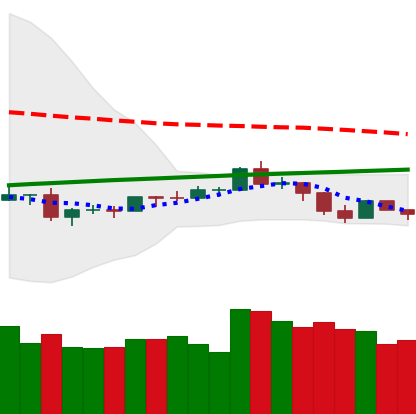
Ticker: ETH-USD
Chart end date: 2019-08-13
Forward return: -6.811%
Label: down_5_7